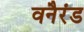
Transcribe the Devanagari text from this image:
वनैरंड